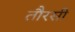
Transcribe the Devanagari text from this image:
तौरसी